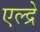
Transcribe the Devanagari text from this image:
एल्द्रे